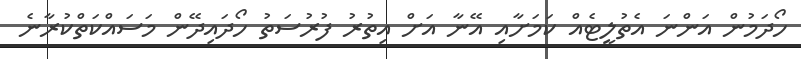
ހޯދަމުން އަންނަ އެތުލީޓެއް ކަމަށާއި އޭނާ އަށް އިތުރު ފުރުސަތު ހޯދައިދޭން މަސައްކަތްކުރާނެ